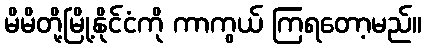
မိမိတို့မြို့နိုင်ငံကို ကာကွယ် ကြရတော့မည်။